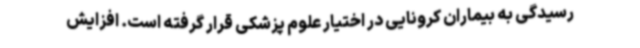
رسیدگی به بیماران کرونایی در اختیار علوم پزشکی قرار گرفته است. افزایش